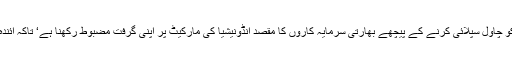
ماہرین کا کہنا ہے کہ پاکستان سے خرید کر دیگر ممالک کو چاول سپلائی کرنے کے پیچھے بھارتی سرمایہ کاروں کا مقصد انڈونیشیا کی مارکیٹ پر اپنی گرفت مضبوط رکھنا ہے‘ تاکہ آئندہ ایسی ہی فصل لگا کر براہ راست منافع حاصل کیا جاسکے۔